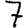
Digit: 7